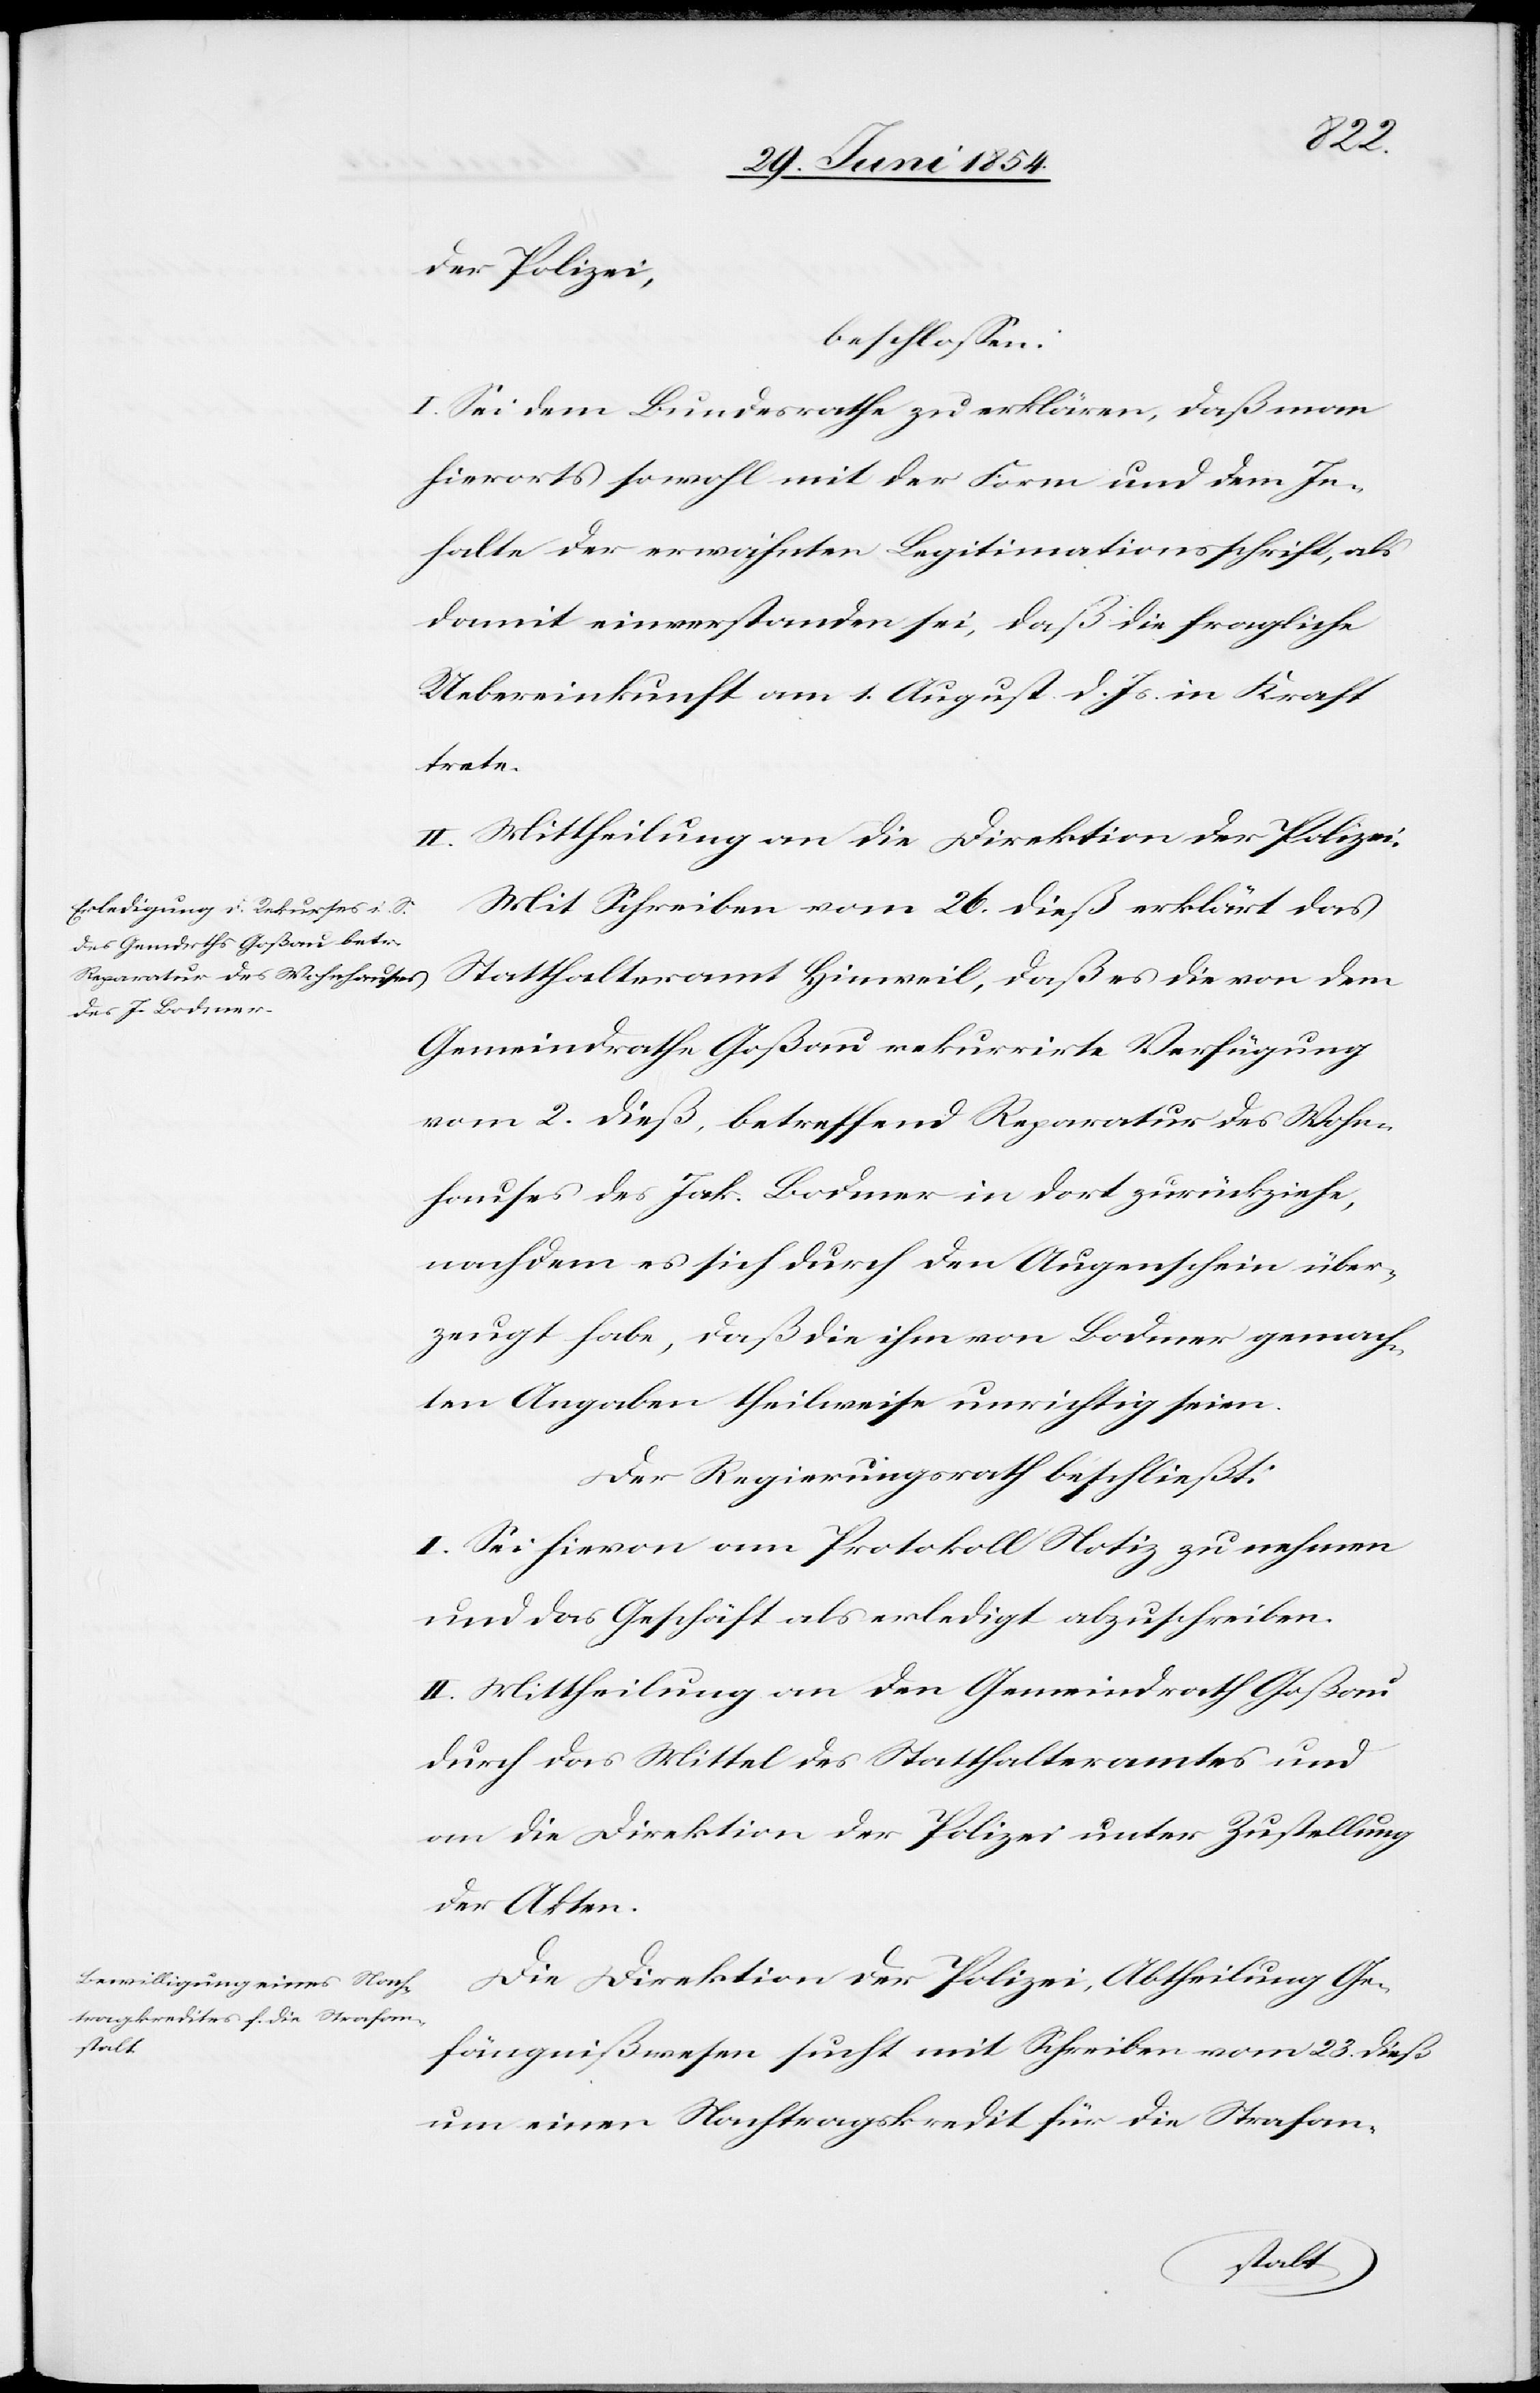
der Polizei,
beschloßen:
I. Sei dem Bundesrathe zu erklären, daß man
hierorts sowohl mit der Form und dem In¬
halte der erwähnten Legitimationsschrift, als
damit einverstanden sei, daß die fragliche
Uebereinkunft am 1. August d. Js. in Kraft
trete.
II. Mittheilung an die Direktion der Polizei.
Mit Schreiben vom 26. dieß erklärt das
Statthalteramt Hinweil, daß es die von dem
Gemeindrathe Goßau rekurrirte Verfügung
vom 2. dieß, betreffen Reparatur des Wohn¬
hauses des Jak. Bodmer in dort zurückziehe,
nachdem es sich durch den Augenschein über¬
zeugt habe, daß die ihm von Bodmer gemach¬
ten Angaben theilweise unrichtig seien.
Der Regierungsrath beschließt:
I. Sei hievon am Protokoll Notiz zu nehmen
und das Geschäft als erledigt abzuschreiben.
II. Mittheilung an den Gemeindrath Goßau
durch das Mittel des Statthalteramtes und
an die Direktion der Polizei unter Zustellung
der Akten.
Die Direktion der Polizei, Abtheilung Ge¬
fängnißwesen sucht mit Schreiben vom 23. dieß
um einen Nachtragskredit für die Strafan-